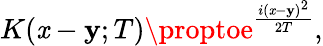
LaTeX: K(\mathit{x}-\mathbf{y};T)\proptoe^{\frac{{i(\mathit{x}-\mathbf{y})^{2}}}{{2T}}},